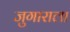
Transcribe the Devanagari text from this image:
जुगाराला